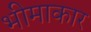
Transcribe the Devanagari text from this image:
भीमाकार